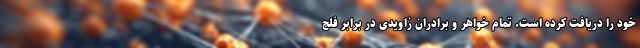
خود را دریافت کرده است. تمام خواهر و برادران زاویدی در برابر فلج